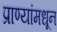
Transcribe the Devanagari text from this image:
प्राण्यांमधून